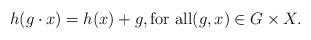
\begin{align*}h(g \cdot x)=h(x)+g, \mbox{for all} (g,x) \in G \times X.\end{align*}